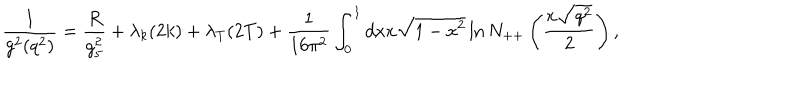
LaTeX: { \frac { 1 } { g ^ { 2 } ( q ^ { 2 } ) } } = { \frac { R } { g _ { 5 } ^ { 2 } } } + \lambda _ { k } ( 2 k ) + \lambda _ { T } ( 2 T ) + { \frac { 1 } { 1 6 \pi ^ { 2 } } } \int _ { 0 } ^ { 1 } d x x \sqrt { 1 - x ^ { 2 } } \ln N _ { + + } \left( { \frac { x \sqrt { q ^ { 2 } } } { 2 } } \right) ,